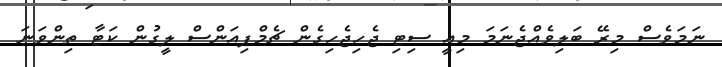
ނަމަވެސް މިރޭ ބަލިވެއްޖެނަމަ މިއީ ސިޓި ޖެހިޖެހިގެން ޗެމްޕިއަންސް ލީގުން ކަޓާ ތިންވަނަ